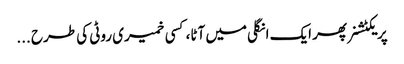
پریکٹشنر پھر ایک انگلی میں آٹا، کسی خمیری روٹی کی طرح ...